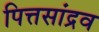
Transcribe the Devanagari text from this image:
पित्तसांद्रव